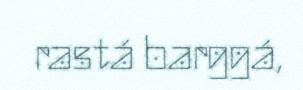
rastá barggá,